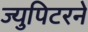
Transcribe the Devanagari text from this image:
ज्युपिटरने